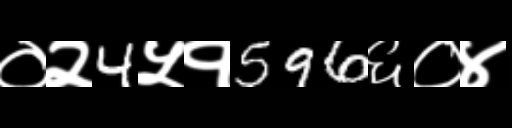
Text: ०२4५१596६०४